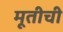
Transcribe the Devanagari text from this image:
मूतीची